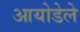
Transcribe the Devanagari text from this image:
आयोडेले